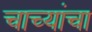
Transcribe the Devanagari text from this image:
चाच्यांचा